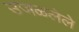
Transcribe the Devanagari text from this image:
उजळलेले